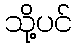
သို့ပင်